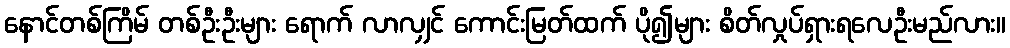
နောင်တစ်ကြိမ် တစ်ဦးဦးများ ရောက် လာလျှင် ကောင်းမြတ်ထက် ပို၍များ စိတ်လှုပ်ရှားရလေဦးမည်လား။